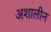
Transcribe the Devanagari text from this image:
अशालीन